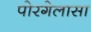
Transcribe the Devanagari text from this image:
पोरगेलासा